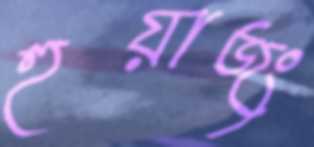
হুয়াজং